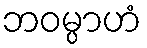
ဘဝမ္ပာဟံ